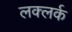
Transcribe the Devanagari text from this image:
लक्लर्क